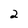
Character: 2